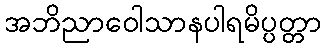
အဘိညာဝေါသာနပါရမိပ္ပတ္တာ